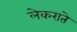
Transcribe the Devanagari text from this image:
लेकराते